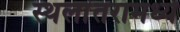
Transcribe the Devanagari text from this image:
स्थलांतरामध्ये